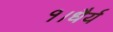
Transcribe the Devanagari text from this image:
१।धैर्य